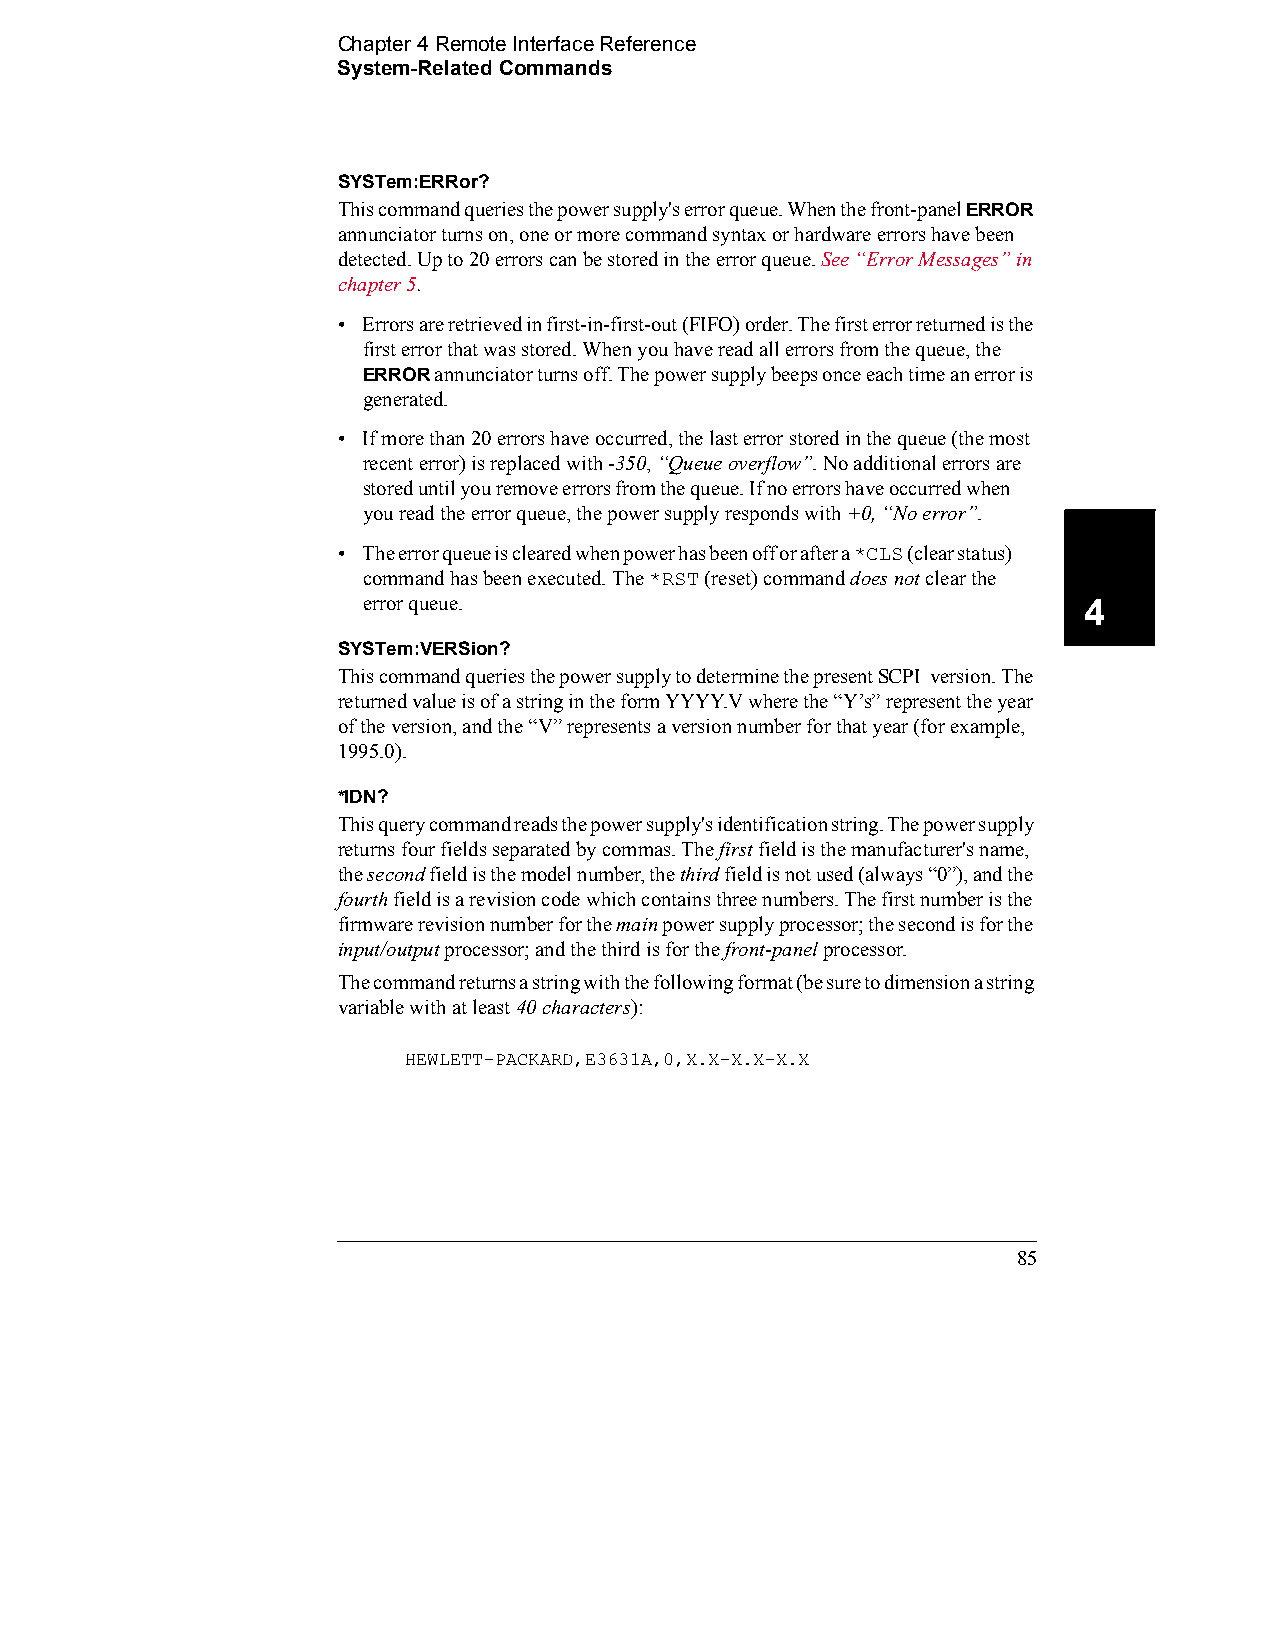
Chapter 4 Remote Interface Reference
 System-Related Commands
 SYSTem:ERRor?
 This command queries the power supply's error queue. When the front-panel ERROR
 annunciator turns on, one or more command syntax or hardware errors have been
 detected. Up to 20 errors can be stored in the error queue. See “Error Messages” in
 chapter 5.
 • Errors are retrieved in first-in-first-out (FIFO) order. The first error returned is the
 first error that was stored. When you have read all errors from the queue, the
 ERROR annunciator turns off. The power supply beeps once each time an error is
 generated.
 • If more than 20 errors have occurred, the last error stored in the queue (the most
 recent error) is replaced with -350, “Queue overflow”. No additional errors are
 stored until you remove errors from the queue. If no errors have occurred when
 you read the error queue, the power supply responds with +0, “No error”.
 • The error queue is cleared when power has been off or after a *CLS (clear status)
 command has been executed. The *RST (reset) command does not clear the
 error queue.                                    4
 SYSTem:VERSion?
 This command queries the power supply to determine the present SCPI version. The
 returned value is of a string in the form YYYY.V where the “Y’s” represent the year
 of the version, and the “V” represents a version number for that year (for example,
 1995.0).
 *IDN?
 This query command reads the power supply's identification string. The power supply
 returns four fields separated by commas. The first field is the manufacturer's name,
 the second field is the model number, the third field is not used (always “0”), and the
 fourth field is a revision code which contains three numbers. The first number is the
 firmware revision number for the main power supply processor; the second is for the
 input/output processor; and the third is for the front-panel processor.
 The command returns a string with the following format (be sure to dimension a string
 variable with at least 40 characters):
 HEWLETT-PACKARD,E3631A,0,X.X-X.X-X.X
 85